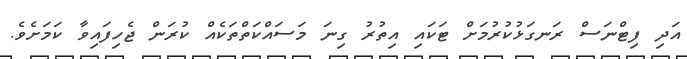
އަދި ފިޓްނަސް ރަނގަޅުކުރުމަށް ޓަކައި އިތުރު ގިނަ މަސައްކަތްތަކެއް ކުރަން ޖެހިފައިވާ ކަމަށެވެ.